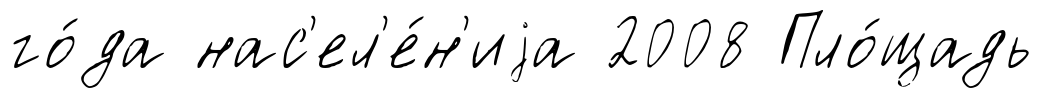
го́да нас'ел'е́н'иjа 2008 Пло́щадь